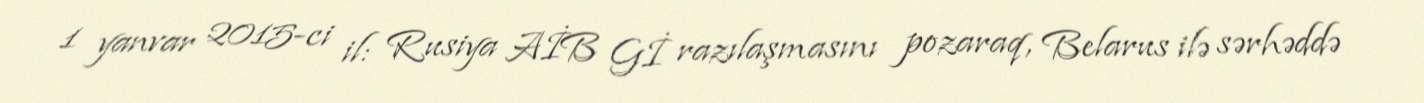
1 yanvar 2015-ci il: Rusiya AİB Gİ razılaşmasını pozaraq, Belarus ilə sərhəddə